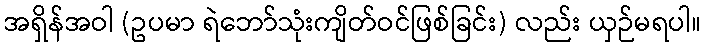
အရှိန်အဝါ (ဥပမာ ရဲဘော်သုံးကျိတ်ဝင်ဖြစ်ခြင်း) လည်း ယှဉ်မရပါ။